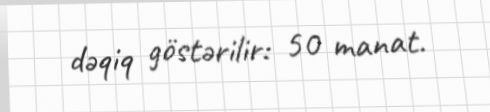
dəqiq göstərilir: 50 manat.